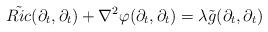
LaTeX: \begin{align*}\tilde{Ric}(\partial_t,\partial_t)+\nabla^2\varphi(\partial_t,\partial_t)=\lambda\tilde{g}(\partial_t,\partial_t)\end{align*}